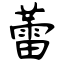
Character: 蕾